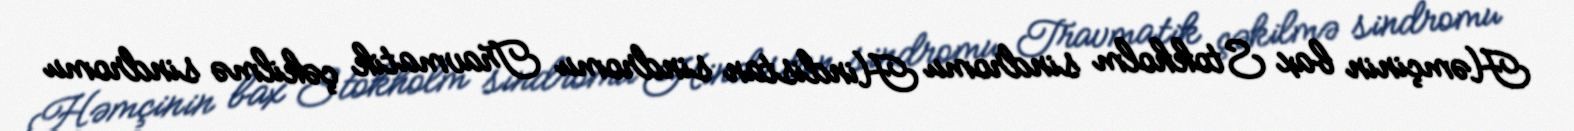
Həmçinin bax Stokholm sindromu Hindistan sindromu Travmatik çəkilmə sindromu